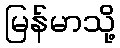
မြန်မာသို့